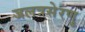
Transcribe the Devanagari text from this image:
जलत्रसेरणु